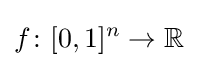
f\colon [0,1]^{n}\to \mathbb {R}